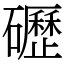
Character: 礰